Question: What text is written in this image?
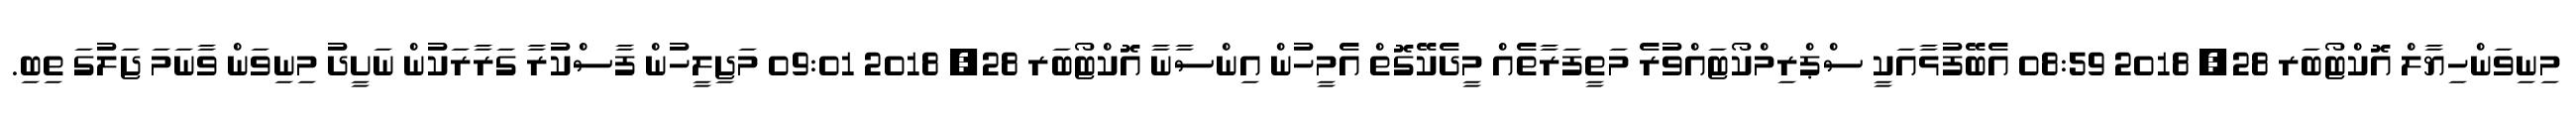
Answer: މިނިވަންހިޔާލް އޮކްޓޯބަރ 28, 2018 08:59 އެބޭފުޅާއަކީ ސްޕްރިމްކޯޓައްވުރެ މަތީފަރާތެއް މީދެކޭގޮތް އެމީހުން އިންސާނާ އޮކްޓޯބަރ 28, 2018 09:01 މަޖިލީހުން ފާސްކުރާ ގަރާރަކުން ނަށީދު މިނިވަން ވާނަމަ ޖަލުގަ ތިބި.